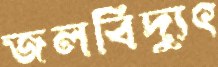
জলবিদ্যুৎ